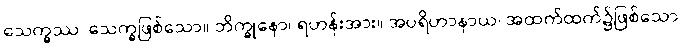
သေက္ခဿ၊ သေက္ခဖြစ်သော။ ဘိက္ခုနော၊ ရဟန်းအား။ အပရိဟာနာယ၊ အထက်ထက်၌ဖြစ်သော